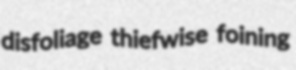
disfoliage thiefwise foining